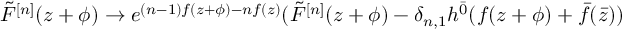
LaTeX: \tilde { F } ^ { [ n ] } ( z + \phi ) \rightarrow e ^ { ( n - 1 ) f ( z + \phi ) - n f ( z ) } ( \tilde { F } ^ { [ n ] } ( z + \phi ) - \delta _ { n , 1 } h ^ { \bar { 0 } } ( f ( z + \phi ) + \bar { f } ( \bar { z } ) )